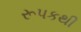
રૂપકથી